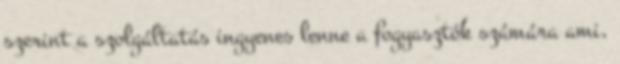
szerint a szolgáltatás ingyenes lenne a fogyasztók számára ami,